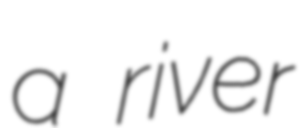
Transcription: a river